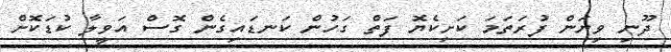
ދޫނި ވިޔަން ފުރަތަމަ ކަށިކެޔޮ ފަތް ގަހުން ކަނޑައިގެން ގޮސް އަވީލާ ކުޑަކޮށް